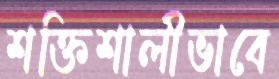
শক্তিশালীভাবে